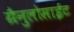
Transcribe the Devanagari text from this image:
ग्रैनुलोसाईट